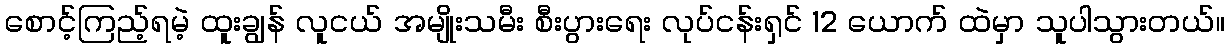
စောင့်ကြည့်ရမဲ့ ထူးချွန် လူငယ် အမျိုးသမီး စီးပွားရေး လုပ်ငန်းရှင် 12 ယောက် ထဲမှာ သူပါသွားတယ်။